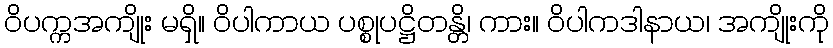
ဝိပက္ကအကျိုး မရှိ။ ဝိပါကာယ ပစ္စုပဋ္ဌိတန္တိ၊ ကား။ ဝိပါကဒါနာယ၊ အကျိုးကို